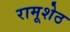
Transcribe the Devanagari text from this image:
रामूशेठ